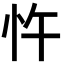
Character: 忤